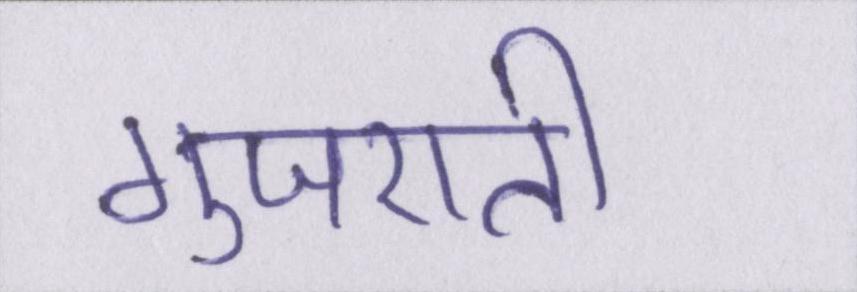
गुजराती